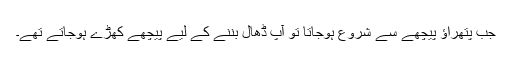
جب پتھراؤ پیچھے سے شروع ہوجاتا تو آپ ڈھال بننے کے لیے پیچھے کھڑے ہوجاتے تھے۔